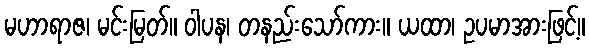
မဟာရာဇ၊ မင်းမြတ်။ ဝါပန၊ တနည်းသော်ကား။ ယထာ၊ ဥပမာအားဖြင့်။